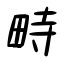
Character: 畤